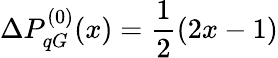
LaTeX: \Delta P_{qG}^{(0)}(x)=\frac 12(2x-1)